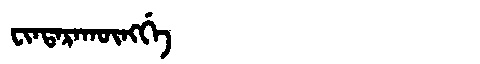
Manchu: ᠸᡳᠨᡨᠠᡵᠠᡴᡡᠩᡤᡝ
Romanization: FINTARAKŪNGGE